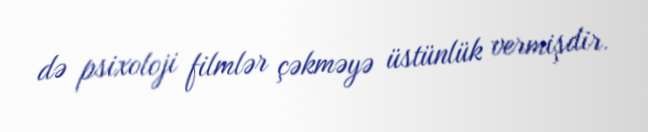
də psixoloji filmlər çəkməyə üstünlük vermişdir.